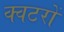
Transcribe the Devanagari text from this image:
क्वटरों